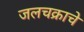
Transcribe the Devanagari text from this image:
जलचक्राचे